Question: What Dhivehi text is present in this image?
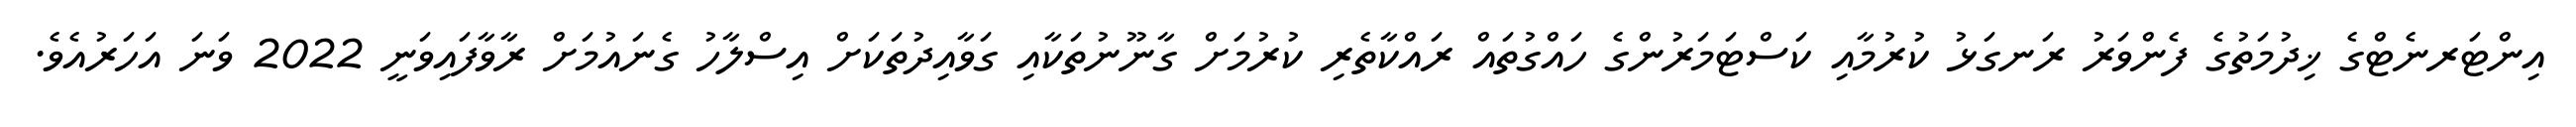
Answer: އިންޓަރނެޓްގެ ޚިދުމަތުގެ ފެންވަރު ރަނގަޅު ކުރުމާއި ކަސްޓަމަރުންގެ ހައްގުތައް ރައްކާތެރި ކުރުމަށް ގާނޫނުތަކާއި ގަވާއިދުތަކަށް އިސްލާހު ގެނައުމަށް ރާވާފައިވަނީ 2022 ވަނަ އަހަރުއެވެ.